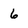
Character: 6